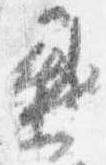
憖